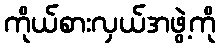
ကိုယ်စားလှယ်အဖွဲ့ကို